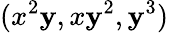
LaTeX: (x^{2}\mathbf{y},x\mathbf{y}^{2},\mathbf{y}^{3})